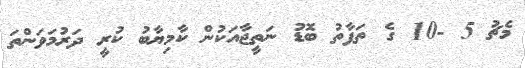
މެޗު 5 -10 ގެ ތަފާތު ބޮޑު ނަތީޖާއަކުން ކާމިޔާބު ކުރީ ދަރުމަވަންތަ